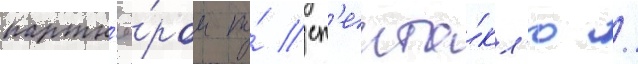
партн'ё́ром по́ сп'екта́кл'ю /